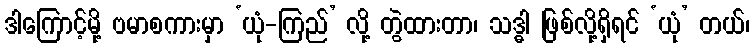
ဒါကြောင့်မို့ ဗမာစကားမှာ ‘ယုံ-ကြည်’ လို့ တွဲထားတာ၊ သဒ္ဓါ ဖြစ်လို့ရှိရင် ‘ယုံ’ တယ်၊